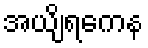
အယျိရကေန